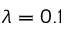
\lambda = 0 . 1